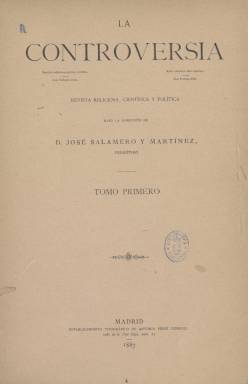
Título: La Controversia (Madrid)
Colección: Cultura || Religión
Ámbito geográfico: Madrid
Lugar de publicación: Madrid
Fechas: 09/01/1887-19/05/1895

Continuación de La Lectura católica, periódico que llevaba publicándose ocho años sin interrupción, apareció La Controversia en enero de 1887 también con periodicidad decenal y con el mismo propósito apologético: la defensa de la religión católica. No cambió ni su propiedad ni su dirección, que siguió recayendo en el presbítero José Salamero Martínez, sacerdote conocido en la época como el padre de los pobres por sus obras de beneficiencia.

    Para esta nueva etapa, la publicación, que constaba de 24 páginas, reiteró claramente su ideario: “Procuraremos mantenernos constantemente en las reglas de doctrina y de conducta de la misma católica Iglesia, única que tiene en la doctrina autoridad infalible…Esperamos en Dios no separarnos jamás de estas normas que, si en todos tiempos son salvadoras, lo son muchísimo más en las presentes circunstancias de tantas y tan lamentables rebeldías contra toda autoridad”.

    La estructura de la publicación era bastante regular. La información principal eran los artículos de fondos sobre aspectos doctrinales o cuestiones sociales, como el marxismo, la separación de la Iglesia y el Estado o el salario justo; lo relacionado con las decisiones canónicas y documentos pontificios; una sección llamada Movimiento científico en la que se daba cuenta de todo tipo de adelantos de la industria y de la técnica; y otra sección de Noticias con diferentes epígrafes:  noticias religiosas de España y el extranjero, bibliográficas, oficiales y políticas, también de España y del extranjero. Se solía cerrar cada número con un calendario religioso.

    José Salamero, que era tío de Joaquín Costa, el mayor representante del movimiento regeneracionista español, había colaborado en periódicos carlistas pero en la última etapa de su vida derivó al posibilismo preconizado por el Papa León XIII, defendiendo un acercamiento del catolicismo al régimen de la Restauración y al liberalismo conservador.

   Poco antes de su muerte en 1895 y debido a su enfermedad, La Controversia, en su número de 19 de mayo de ese año, anunciaba un cambio de periodicidad: pasaría a publicarse mensualmente aunque con más páginas. De paso, echaba un rapapolvo a los suscriptores que no estaban al tanto del pago, señalando que los había que debían años enteros e incluso algunos que nunca habían pagado.

   Fuera por la enfermedad de su director o por los problemas económicos, lo cierto es que no se sabe si la publicación continuó. El último número que posee la BNE es precisamente el que anunciaba los cambios.  El 31 de diciembre de 1895, el diario la  Unión Católica daba cuenta destacada de la muerte de Salamero. En portada y con un retrato suyo, hacía un sentido elogio fúnebre del sacerdote desaparecido que había, según decía, “contribuido poderosamente al fomento de la prensa católica”.

[Descripción publicada el 26/11/2018]